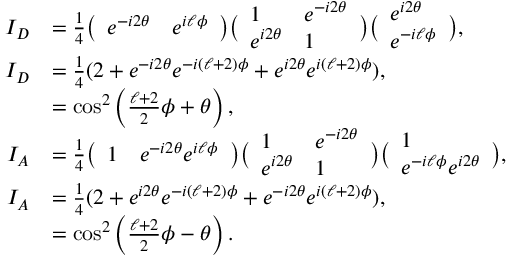
\begin{array} { r l } { I _ { D } } & { = \frac { 1 } { 4 } \big ( \begin{array} { l l } { e ^ { - i 2 \theta } } & { e ^ { i \ell \phi } } \end{array} \big ) \big ( \begin{array} { l l } { 1 } & { e ^ { - i 2 \theta } } \\ { e ^ { i 2 \theta } } & { 1 } \end{array} \big ) \big ( \begin{array} { l } { e ^ { i 2 \theta } } \\ { e ^ { - i \ell \phi } } \end{array} \big ) , } \\ { I _ { D } } & { = \frac { 1 } { 4 } ( 2 + e ^ { - i 2 \theta } e ^ { - i ( \ell + 2 ) \phi } + e ^ { i 2 \theta } e ^ { i ( \ell + 2 ) \phi } ) , } \\ & { = \cos ^ { 2 } \left( \frac { \ell + 2 } { 2 } \phi + \theta \right) , \ } \\ { I _ { A } } & { = \frac { 1 } { 4 } \big ( \begin{array} { l l } { 1 } & { e ^ { - i 2 \theta } e ^ { i \ell \phi } } \end{array} \big ) \big ( \begin{array} { l l } { 1 } & { e ^ { - i 2 \theta } } \\ { e ^ { i 2 \theta } } & { 1 } \end{array} \big ) \big ( \begin{array} { l } { 1 } \\ { e ^ { - i \ell \phi } e ^ { i 2 \theta } } \end{array} \big ) , } \\ { I _ { A } } & { = \frac { 1 } { 4 } ( 2 + e ^ { i 2 \theta } e ^ { - i ( \ell + 2 ) \phi } + e ^ { - i 2 \theta } e ^ { i ( \ell + 2 ) \phi } ) , } \\ & { = \cos ^ { 2 } \left( \frac { \ell + 2 } { 2 } \phi - \theta \right) . } \end{array}